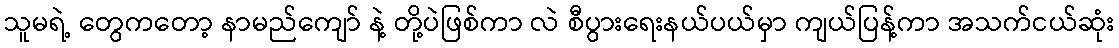
သူမရဲ့ တွေကတော့ နာမည်ကျော် နဲ့ တို့ပဲဖြစ်ကာ လဲ စီပွားရေးနယ်ပယ်မှာ ကျယ်ပြန့်ကာ အသက်ငယ်ဆုံး